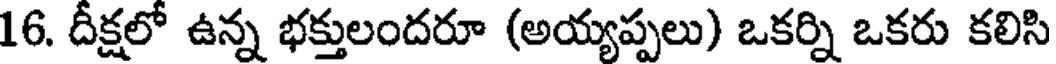
16. దీక్షలో ఉన్న భక్తులందరూ (అయ్యప్పలు) ఒకర్ని ఒకరు కలిసి